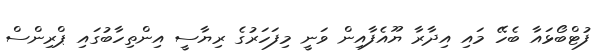
ފުޓްބޯޅައާ ބެހޭ މައި އިދާރާ ޔޫއެފާއިން ވަނީ މިފަހަރުގެ ރިޔާސީ އިންތިހާބުގައި ޕްރިންސް